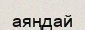
аяңдай